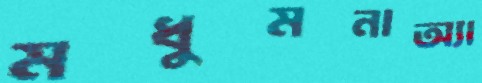
মধুমনাঅ্যা